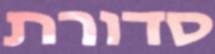
סדורת